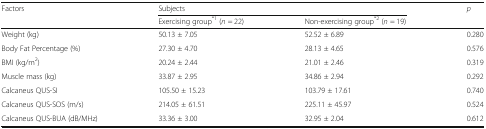
<table><thead><tr><td rowspan="2"><b>Factors</b></td><td colspan="2"><b>Subjects</b></td><td rowspan="2"><b><i>p</i></b></td></tr><tr><td><b>Exercising group<sup>*1</sup> (<i>n</i> = 22)</b></td><td><b>Non-exercising group<sup>*2</sup> (<i>n</i> = 19)</b></td></tr></thead><tbody><tr><td>Weight (kg)</td><td>50.13 ± 7.05</td><td>52.52 ± 6.89</td><td>0.280</td></tr><tr><td>Body Fat Percentage (%)</td><td>27.30 ± 4.70</td><td>28.13 ± 4.65</td><td>0.576</td></tr><tr><td>BMI (kg/m<sup>2</sup>)</td><td>20.24 ± 2.44</td><td>21.01 ± 2.46</td><td>0.319</td></tr><tr><td>Muscle mass (kg)</td><td>33.87 ± 2.95</td><td>34.86 ± 2.94</td><td>0.292</td></tr><tr><td>Calcaneus QUS-SI</td><td>105.50 ± 15.23</td><td>103.79 ± 17.61</td><td>0.740</td></tr><tr><td>Calcaneus QUS-SOS (m/s)</td><td>214.05 ± 61.51</td><td>225.11 ± 45.97</td><td>0.524</td></tr><tr><td>Calcaneus QUS-BUA (dB/MHz)</td><td>33.36 ± 3.00</td><td>32.95 ± 2.04</td><td>0.612</td></tr></tbody></table>